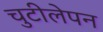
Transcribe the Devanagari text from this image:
चुटीलेपन